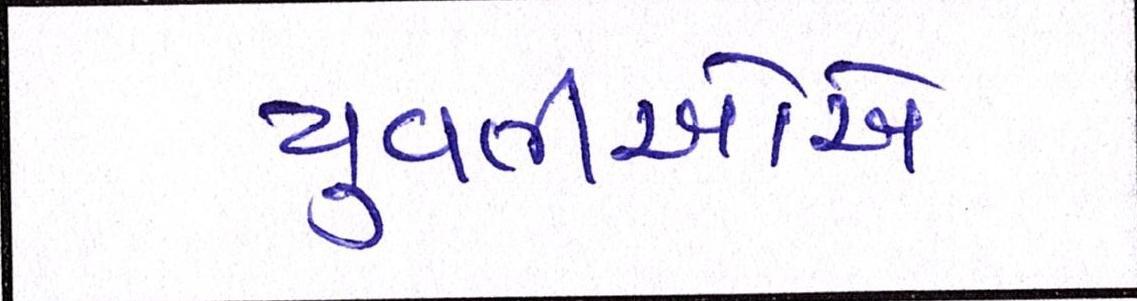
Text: યુવતીઓએ